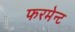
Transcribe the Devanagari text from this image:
फरमेन्ट